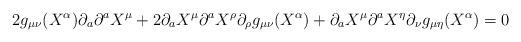
LaTeX: \begin{align*} 2g_{\mu\nu}(X^\alpha)\partial_a\partial^a X^\mu+2\partial_aX^\mu\partial^aX^\rho\partial_\rho g_{\mu\nu}(X^\alpha)+\partial_aX^\mu\partial^aX^\eta\partial_\nu g_{\mu\eta}(X^\alpha)=0\end{align*}